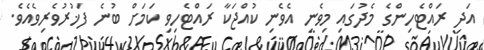
އަދި ރައްޓެހިންގެ މެދުގައި މިވެނި އެވެނި ކުއްޖަކާ ރައްޓެހިވި ކަމަށް ބުނެ ފަޚުރުވެރިވެއެވެ.